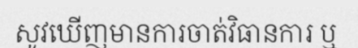
សូវឃើញមានការចាត់វិធានការ ឬ